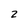
Character: 2